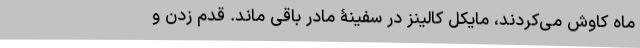
ماه کاوش می‌کردند، مایکل کالینز در سفینۀ مادر باقی ماند. قدم زدن و